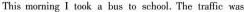
This morning I took a bus to school. The traffic was